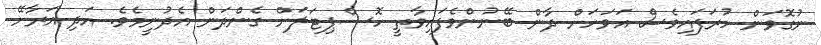
ނުގޮވަން ހުރަފައިވެސް އަވަހަށް ދާން ބޭނުންވެފައިވާތީ ހޮސްޕިޓަލަށް ގެންދަން އެދުނީމެވެ. އަދި އަރާށޭ